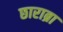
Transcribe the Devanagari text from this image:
छाराब्रा